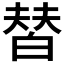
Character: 𰤚